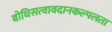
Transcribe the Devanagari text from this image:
बोधिसत्वावदानकल्पलता